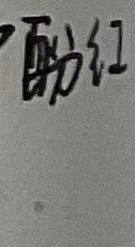
酚红